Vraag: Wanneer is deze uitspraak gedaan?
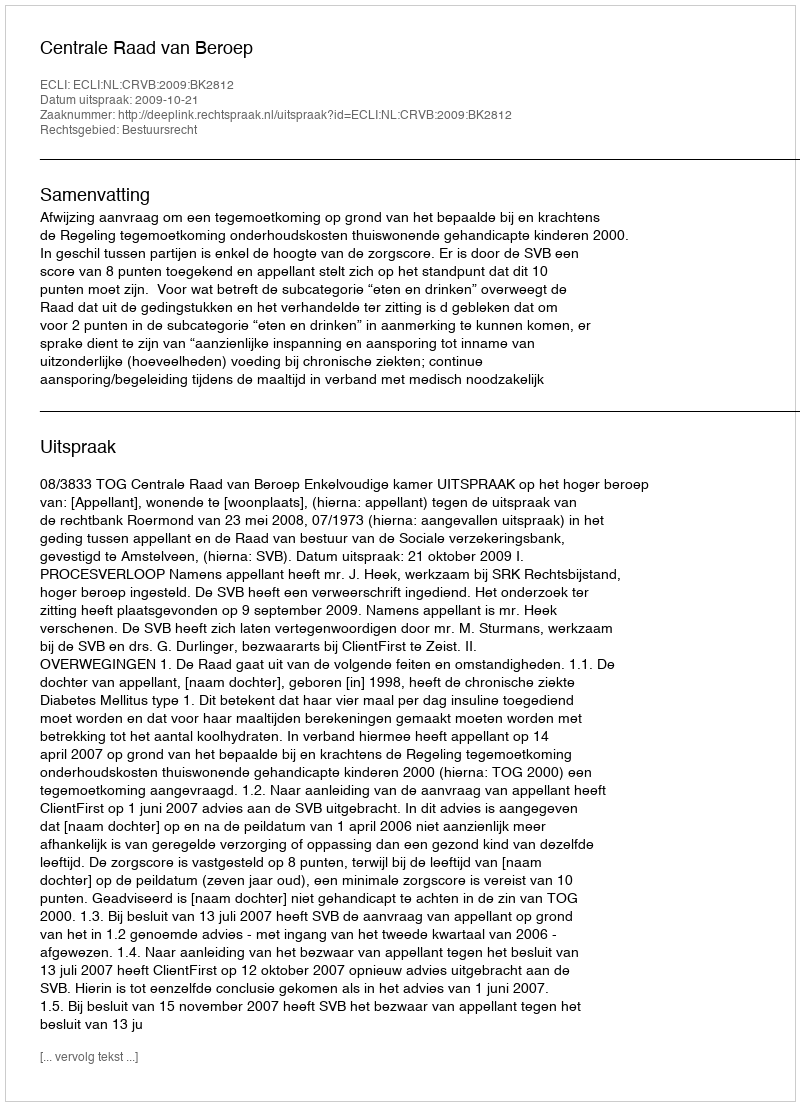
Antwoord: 2009-10-21